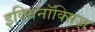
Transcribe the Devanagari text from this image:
इक्विनॉक्सिज़